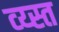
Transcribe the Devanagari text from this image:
व्य्स्त